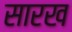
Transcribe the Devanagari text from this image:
सारख